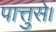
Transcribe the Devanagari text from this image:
पात्तुसे।